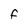
Character: F